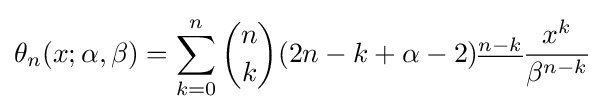
\theta _{n}(x;\alpha ,\beta )=\sum _{k=0}^{n}{\binom {n}{k}}(2n-k+\alpha -2)^{\underline {n-k}}{\frac {x^{k}}{\beta ^{n-k}}}